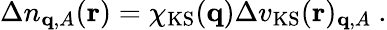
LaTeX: \begin{array}{r}{\Delta n_{\mathbf{q},A}(\mathbf{r})=\chi_{\mathrm{KS}}(\mathbf{q})\Delta v_{\mathrm{KS}}(\mathbf{r})_{\mathbf{q},A}\ .}\end{array}